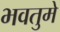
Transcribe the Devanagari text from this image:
भवतुमे